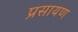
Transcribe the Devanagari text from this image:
प्रसायण